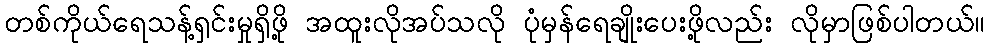
တစ်ကိုယ်ရေသန့်ရှင်းမှုရှိဖို့ အထူးလိုအပ်သလို ပုံမှန်ရေချိုးပေးဖို့လည်း လိုမှာဖြစ်ပါတယ်။